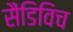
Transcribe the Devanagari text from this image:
सैंडिविच